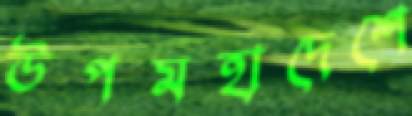
উপমহাদেশে